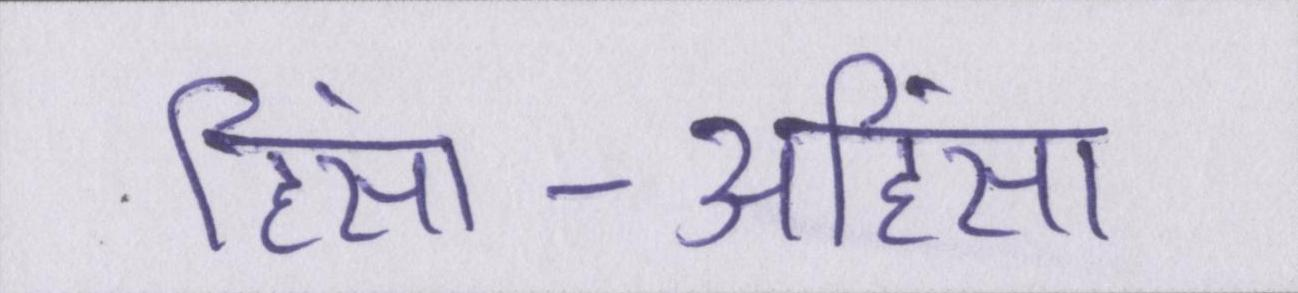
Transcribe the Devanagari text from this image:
हिंसा-अहिंसा